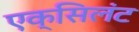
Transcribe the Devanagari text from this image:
एक्सिलंट